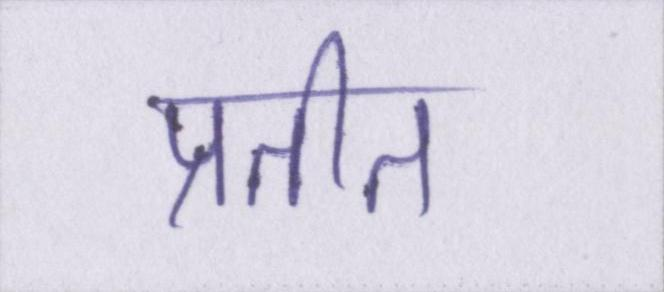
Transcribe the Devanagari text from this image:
प्रतीत